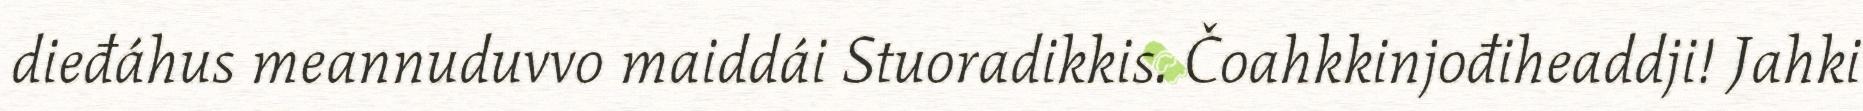
dieđáhus meannuduvvo maiddái Stuoradikkis. Čoahkkinjođiheaddji! Jahki